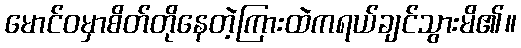
မောင်ဝမှာစိတ်တိုနေတဲ့ကြားထဲကရယ်ချင်သွားမိ၏။